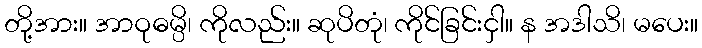
တို့အား။ အာဝုဓမ္ပိ၊ ကိုလည်း။ ဆုပိတုံ၊ ကိုင်ခြင်းငှါ။ န အဒါသိ၊ မပေး။